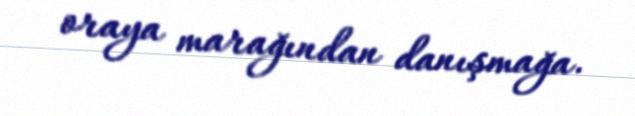
oraya marağından danışmağa.